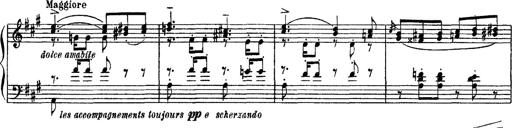
Title: Apparitions
Composer: Franz Liszt